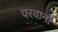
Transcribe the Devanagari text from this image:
परवानों